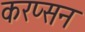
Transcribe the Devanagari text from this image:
करप्सन